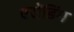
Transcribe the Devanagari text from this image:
एसेंडिंग